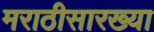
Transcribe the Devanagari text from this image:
मराठीसारख्या